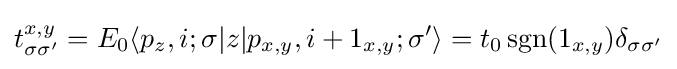
t_{\sigma \sigma '}^{x,y}=E_{0}\langle p_{z},i;\sigma |z|p_{x,y},i+1_{x,y};\sigma '\rangle =t_{0}\,\mathrm {sgn} (1_{x,y})\delta _{\sigma \sigma '}